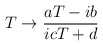
\begin{align*}T \rightarrow \frac{aT-ib}{icT+d} \end{align*}